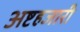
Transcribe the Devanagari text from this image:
अष्टहजारी